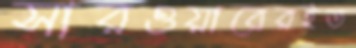
সারওয়ারেরইত